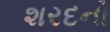
શરદનો